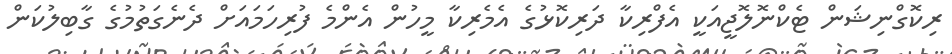
ރިކޮގްނިޝަން ޓެކްނޮލޮޖީއަކީ އެފްރިކާ ދަރިކޮޅުގެ އެމެރިކާ މީހުން އެންމެ ފުރިހަމައަށް ދެނެގަތުމުގެ ގާބިލުކަން